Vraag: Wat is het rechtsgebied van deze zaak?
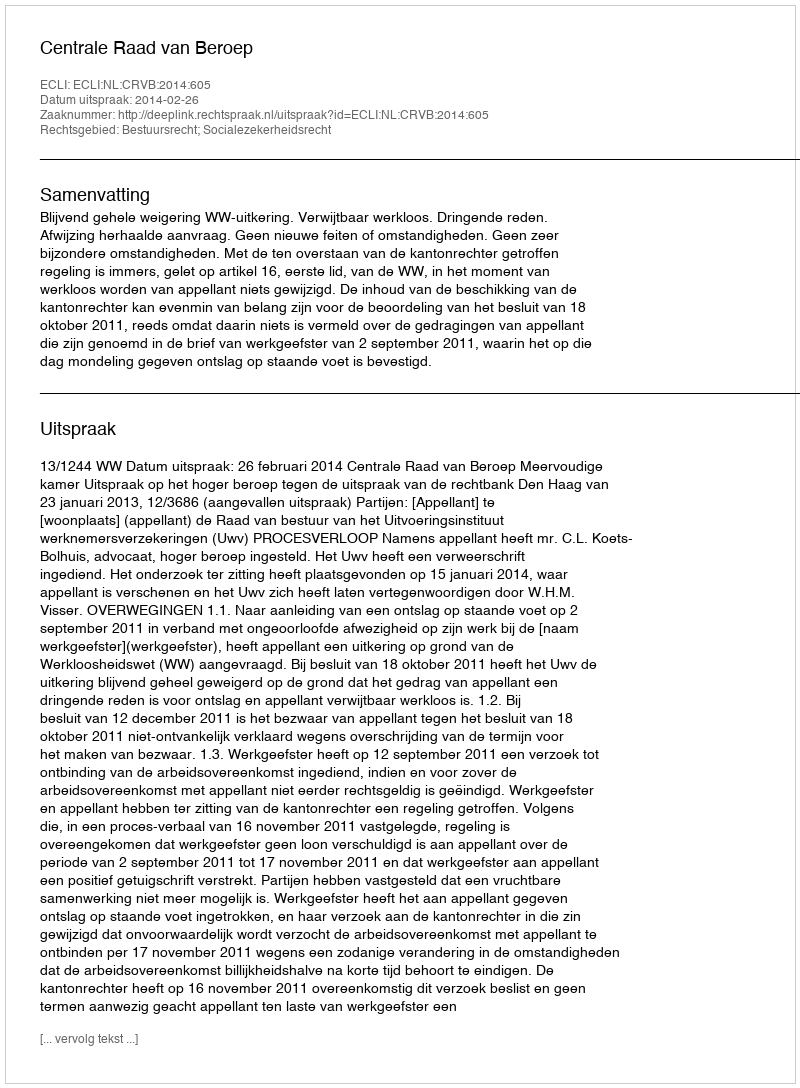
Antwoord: Bestuursrecht; Socialezekerheidsrecht